Vaccine operations Central Provinces & Berar 1922-1929 - 1922-1929
Year: 1922
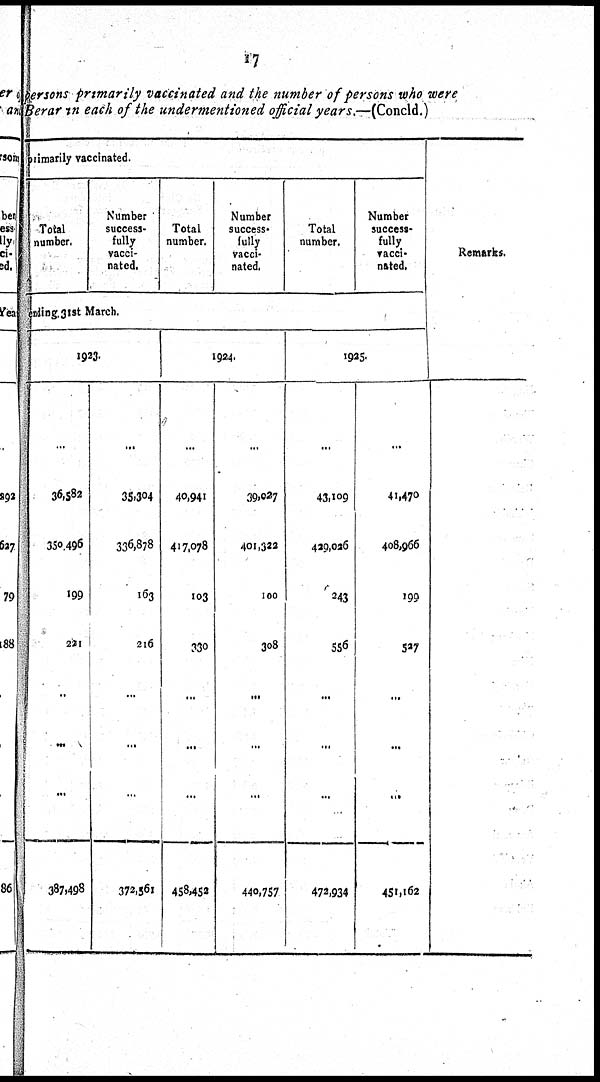
17
persons primarily vaccinated and the number of persons who were
Berar in each of the undermentioned official years.—(Concld.)
primarily vaccinated.
Total
number.
Number
success¬
fully
vacci-
nated.
Total
number.
Number
success¬
fully
Vacci-
nated.
Total
number.
Number
success¬
fully
vacci¬
nated.
ending 31st March.
1923.
...
36,582
350,496
199
221
...
...
...
387,498
...
35,304
336,878
163
216
...
...
...
372,561
1924.
...
40,941
417,078
103
330
...
...
...
458,452
...
39,027
401,322
100
308
...
...
...
440,757
1925.
...
43,109
429,026
343
556
...
...
...
472,934
...
41,470
408,966
199
527
...
...
...
451,162
Remarks.